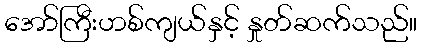
အော်ကြီးဟစ်ကျယ်နှင့် နှုတ်ဆက်သည်။